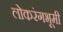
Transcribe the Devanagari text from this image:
लोकरंगभूमी